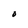
Character: O